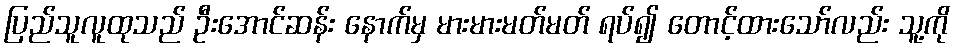
ပြည်သူလူထုသည် ဦးအောင်ဆန်း နောက်မှ မားမားမတ်မတ် ရပ်၍ တောင့်ထားသော်လည်း သူ့ကို